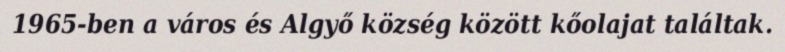
1965-ben a város és Algyő község között kőolajat találtak.